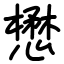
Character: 懋